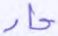
حاد